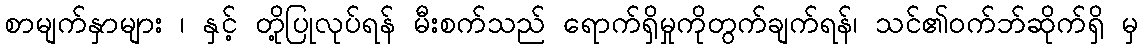
စာမျက်နှာများ ၊ နှင့် တို့ပြုလုပ်ရန် မီးစက်သည် ရောက်ရှိမှုကိုတွက်ချက်ရန်၊ သင်၏ဝက်ဘ်ဆိုက်ရှိ မှ